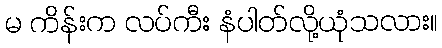
မ ကိန်းက လပ်ကီး နံပါတ်လို့ယုံသလား။